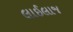
લાઈલાજ